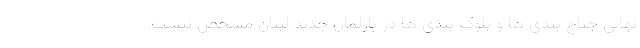
نهایی جناج بندی ها و بلوک بندی ها در پارلمان جدید لبنان مشخص نیست.